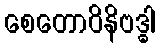
စေတောဝိနိဗဒ္ဓါ